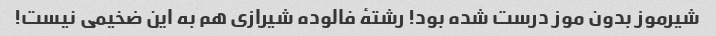
شیرموز بدون موز درست شده بود! رشتهٔ فالوده شیرازی هم به این ضخیمی نیست!